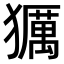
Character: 𤢵